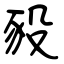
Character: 豛